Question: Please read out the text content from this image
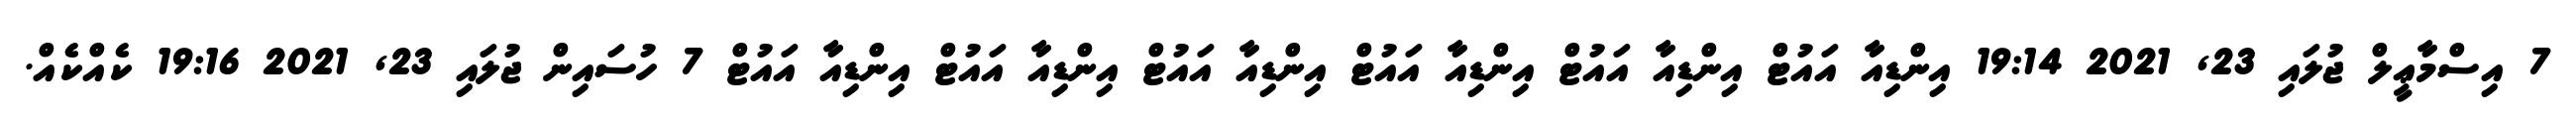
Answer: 7 އިސްމާޢީލް ޖުލައި 23, 2021 19:14 އިންޑިއާ އައުޓް އިންޑިއާ އައުޓް އިންޑިއާ އައުޓް އިންޑިއާ އައުޓް އިންޑިއާ އައުޓް އިންޑިއާ އައުޓް 7 ހުސައިން ޖުލައި 23, 2021 19:16 ކެއްކެއް.